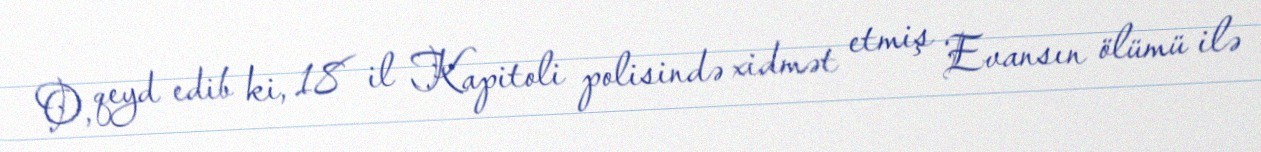
O, qeyd edib ki, 18 il Kapitoli polisində xidmət etmiş Evansın ölümü ilə